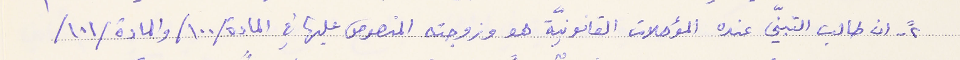
٢- ان طالب التبنّي عنده المؤهلات القانونيّة هو وزوجته المنصوص عليها في المادة /١٠٠/ والمادة /١٠١/